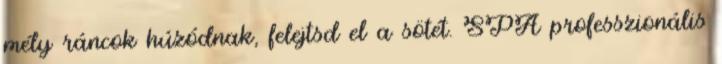
mély ráncok húzódnak, felejtsd el a sötét. SPA professzionális